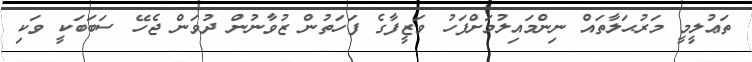
ތަޢުލީމީ މަރުޙަލާތައް ނިންމައިލުމަށްފަހު ވަޒީފާގެ ފަހަތުން ޒުވާނުން ދުވަން ޖެހޭ ސަބަބަކީ ވަކި